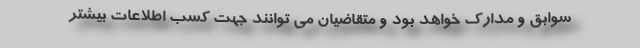
سوابق و مدارک خواهد بود و متقاضیان می توانند جهت کسب اطلاعات بیشتر